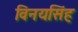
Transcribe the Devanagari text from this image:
विनयसिंह